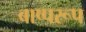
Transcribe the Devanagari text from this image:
बाष्परूप